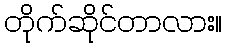
တိုက်ဆိုင်တာလား။